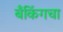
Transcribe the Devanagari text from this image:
बँकिंगचा